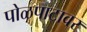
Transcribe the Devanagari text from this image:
पोळपाटावर